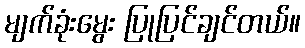
မျက်ခုံးမွေး ပြုပြင်ချင်တယ်။